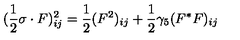
( \frac { 1 } { 2 } \sigma \cdot F ) _ { i j } ^ { 2 } = \frac { 1 } { 2 } ( F ^ { 2 } ) _ { i j } + \frac { 1 } { 2 } \gamma _ { 5 } ( F ^ { * } F ) _ { i j }